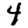
Digit: 4